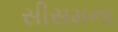
સીસમના